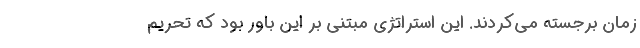
زمان برجسته می‌کردند. این استراتژی مبتنی بر این باور بود که تحریم